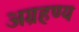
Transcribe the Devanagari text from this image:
अग्रहण्य